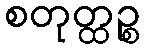
စတုတ္ထဉ္စ